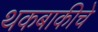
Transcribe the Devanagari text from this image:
थकबाकीचे